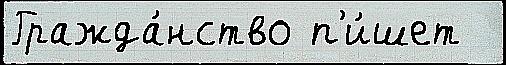
Гражда́нство п'и́шет